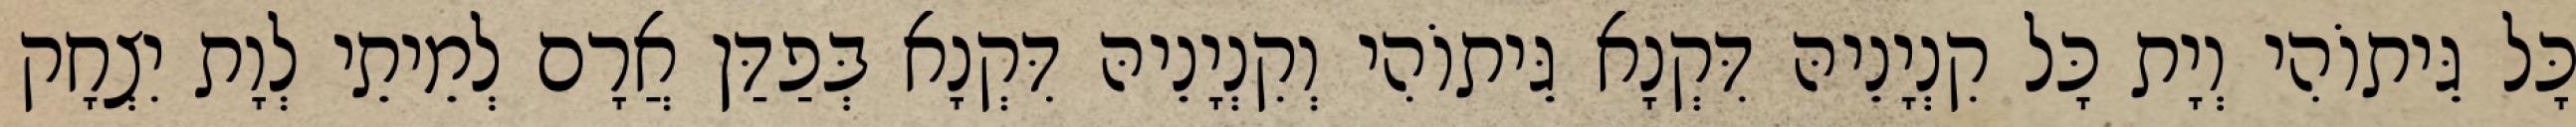
כָּל גֵּיתוֹהִי וְיָת כָּל קִנְיָנֵיהּ דִּקְנָא גֵּיתוֹהִי וְקִנְיָנֵיהּ דִּקְנָא בְּפַדַּן אֲרָם לְמֵיתֵי לְוָת יִצְחָק